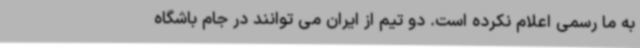
به ما رسمی اعلام نکرده است. دو تیم از ایران می توانند در جام باشگاه